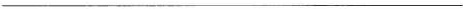
___